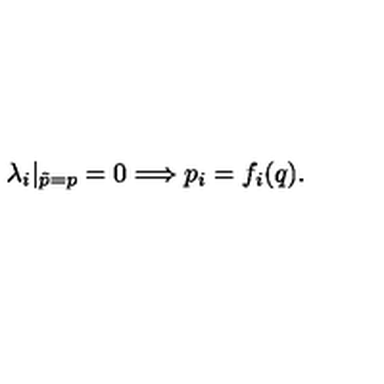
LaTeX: \lambda _ { i } | _ { \tilde { p } = p } = 0 \Longrightarrow p _ { i } = f _ { i } ( q ) { . }